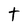
Character: t